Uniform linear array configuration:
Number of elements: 4
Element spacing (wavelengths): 0.75
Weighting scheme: cosine
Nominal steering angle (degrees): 60
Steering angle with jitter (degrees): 59.886
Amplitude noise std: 0.05
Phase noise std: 0.05

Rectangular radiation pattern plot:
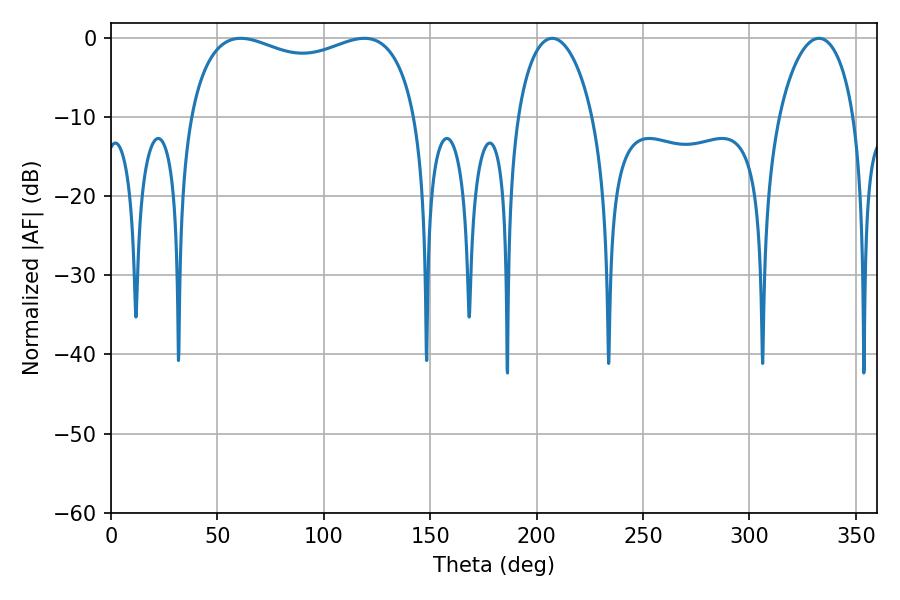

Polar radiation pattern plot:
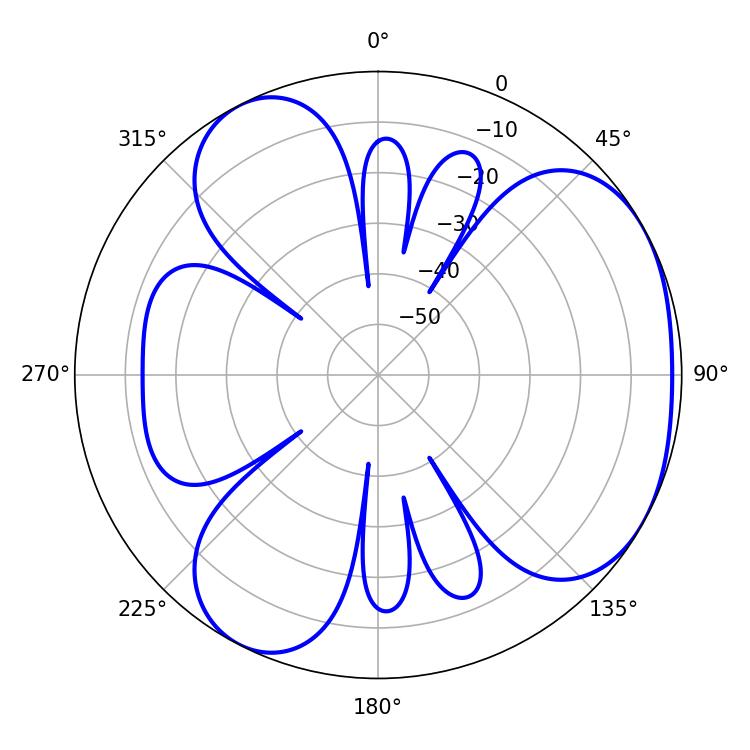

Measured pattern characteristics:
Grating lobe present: TRUE
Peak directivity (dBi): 3.941
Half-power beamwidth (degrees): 20.34
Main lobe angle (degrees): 207.36